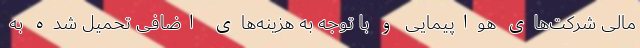
مالی شرکت‌های هواپیمایی و با توجه به هزینه‌های اضافی تحمیل شده به